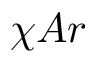
\chi A r